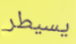
يسيطر